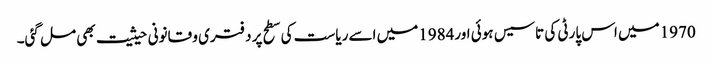
1970میں اس پارٹی کی تاسیس ہوئی اور1984میں اسے ریاست کی سطح پر دفتری و قانونی حیثیت بھی مل گئی۔